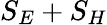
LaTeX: S_{E}+S_{H}